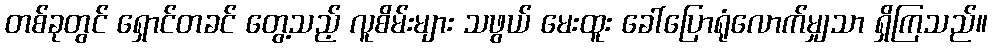
တစ်ခုတွင် ရှောင်တခင် တွေ့သည့် လူစိမ်းများ သဖွယ် မေးထူး ခေါ်ပြောရုံလောက်မျှသာ ရှိကြသည်။